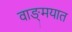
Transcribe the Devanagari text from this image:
वाङ्‍मयात